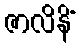
ဇာလိနိံ